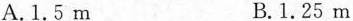
A.1.5m B.1.25m